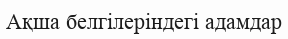
Ақша белгілеріндегі адамдар